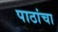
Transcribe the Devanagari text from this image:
पाठांचा